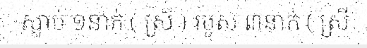
ស្លាប់ ១នាក់ ( ស្រី ) របួស ៣នាក់ ( ស្រី